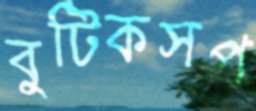
বুটিকসপ